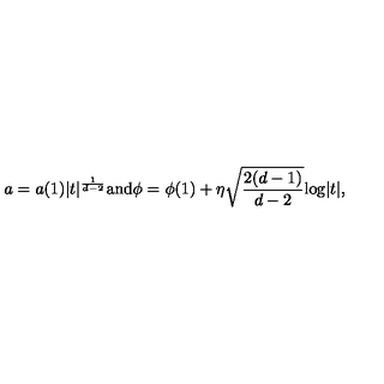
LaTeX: a = a ( 1 ) | t | ^ { \frac { 1 } { d - 2 } } \mathrm { a n d } \phi = \phi ( 1 ) + \eta \sqrt { \frac { 2 ( d - 1 ) } { d - 2 } } \mathrm { l o g } | t | ,